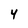
Character: 4